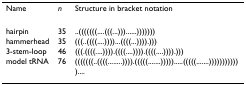
<table><thead><tr><td><b>Name</b></td><td><b><i>n</i></b></td><td><b>Structure in bracket notation</b></td></tr></thead><tbody><tr><td>hairpin</td><td>35</td><td>..(((((((....(((...)))......)))))))</td></tr><tr><td>hammerhead</td><td>35</td><td>(((..((((....))))...((((...)))).)))</td></tr><tr><td>3-stem-loop</td><td>46</td><td>(((.((((....)))).((((....)))).((((....)))).)))</td></tr><tr><td>model tRNA</td><td>76</td><td>(((((((..((((........)))).(((((.......))))).....(((((.......))))))))))))....</td></tr></tbody></table>